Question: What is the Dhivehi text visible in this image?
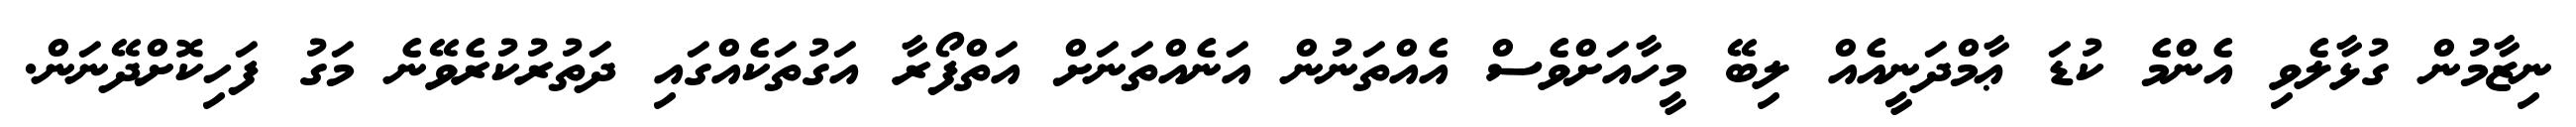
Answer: ނިޒާމުން ގުޅާލެވި އެންމެ ކުޑަ ޢާމްދަނީއެއް ލިބޭ މީހާއަށްވެސް އެއްތަނުން އަނެއްތަނަށް އަތްފޯރާ އަގުތަކެއްގައި ދަތުރުކުރެވޭނެ މަގު ފަހިކޮށްދޭނަން.